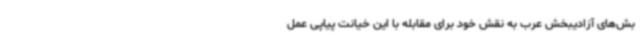
بش‌های آزادیبخش عرب به نقش خود برای مقابله با این خیانت پیاپی عمل